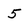
Character: 5